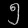
Digit: ၅